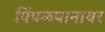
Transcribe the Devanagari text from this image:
पिंपळपानावर